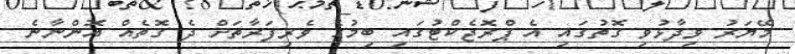
މޭޔަރު ވިދާޅުވި ގޮތުގައި އެ ޕްރޮޖެކްޓުގައި ބިމުގެ ވެރިފަރާތަށް ދެ ގޮތެއް އޮންނާނެ